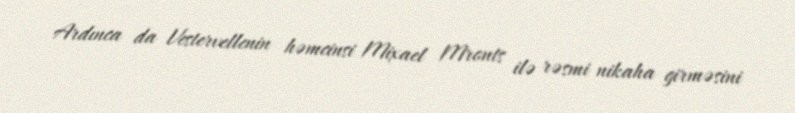
Ardınca da Vestervellenin həmcinsi Mixael Mronts ilə rəsmi nikaha girməsini